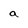
Character: a